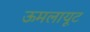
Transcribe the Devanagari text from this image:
ऊमलायूट